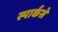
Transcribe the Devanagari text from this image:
स्पार्कसे